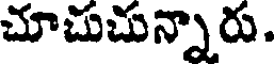
చూచుచున్నారు.